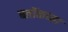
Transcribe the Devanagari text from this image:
ब्लॉकच्या